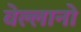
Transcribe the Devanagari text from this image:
वेल्लानो